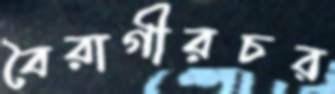
বৈরাগীরচর